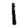
Digit: 1